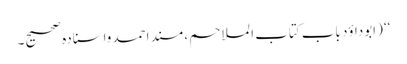
‘‘ (ابوداؤد باب کتاب الملاحم ، مسندِ احمد واسنادہ صحیح۔